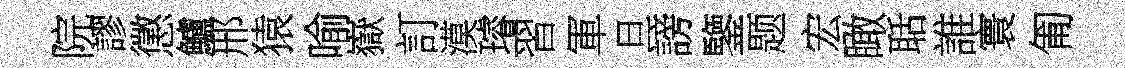
院謬懲鱸邢猿喻嶽訂漠璿習軍旦謗鑒题宏瞰聒誰寰匍